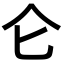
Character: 仑